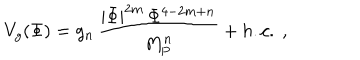
V _ { g } ( \Phi ) = g _ { n } \, { \frac { | \Phi | ^ { 2 m } \, \Phi ^ { 4 - 2 m + n } } { M _ { \mathrm { P } } ^ { n } } } + h . c . \ ,